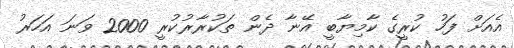
އެއަށް ފަހު ކުރީގެ ކާމިޔާބީ އޭނާ ދެން ތަކުރާރުކުރީ 2000 ވަނަ އަހަރު